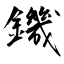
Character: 鐖